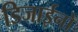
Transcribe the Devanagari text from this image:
डिजाईनों